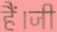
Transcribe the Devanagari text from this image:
हैं।जी